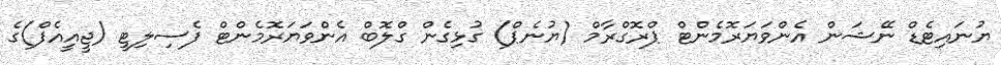
ޔުނައިޓެޑް ނޭޝަން އެންވަޔަރޮމެންޓް ޕްރޮގްރާމް (ޔުނެޕް) ގުޅިގެން ގްލޮބް އެންވަޔަރޮމެންޓް ފެސިލިޓީ (ޖީއީއެފް)ގެ